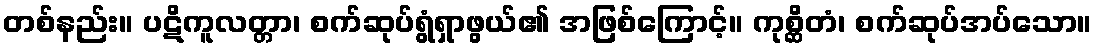
တစ်နည်း။ ပဋိကူလတ္တာ၊ စက်ဆုပ်ရွံရှာဖွယ်၏ အဖြစ်ကြောင့်။ ကုစ္ဆိတံ၊ စက်ဆုပ်အပ်သော။